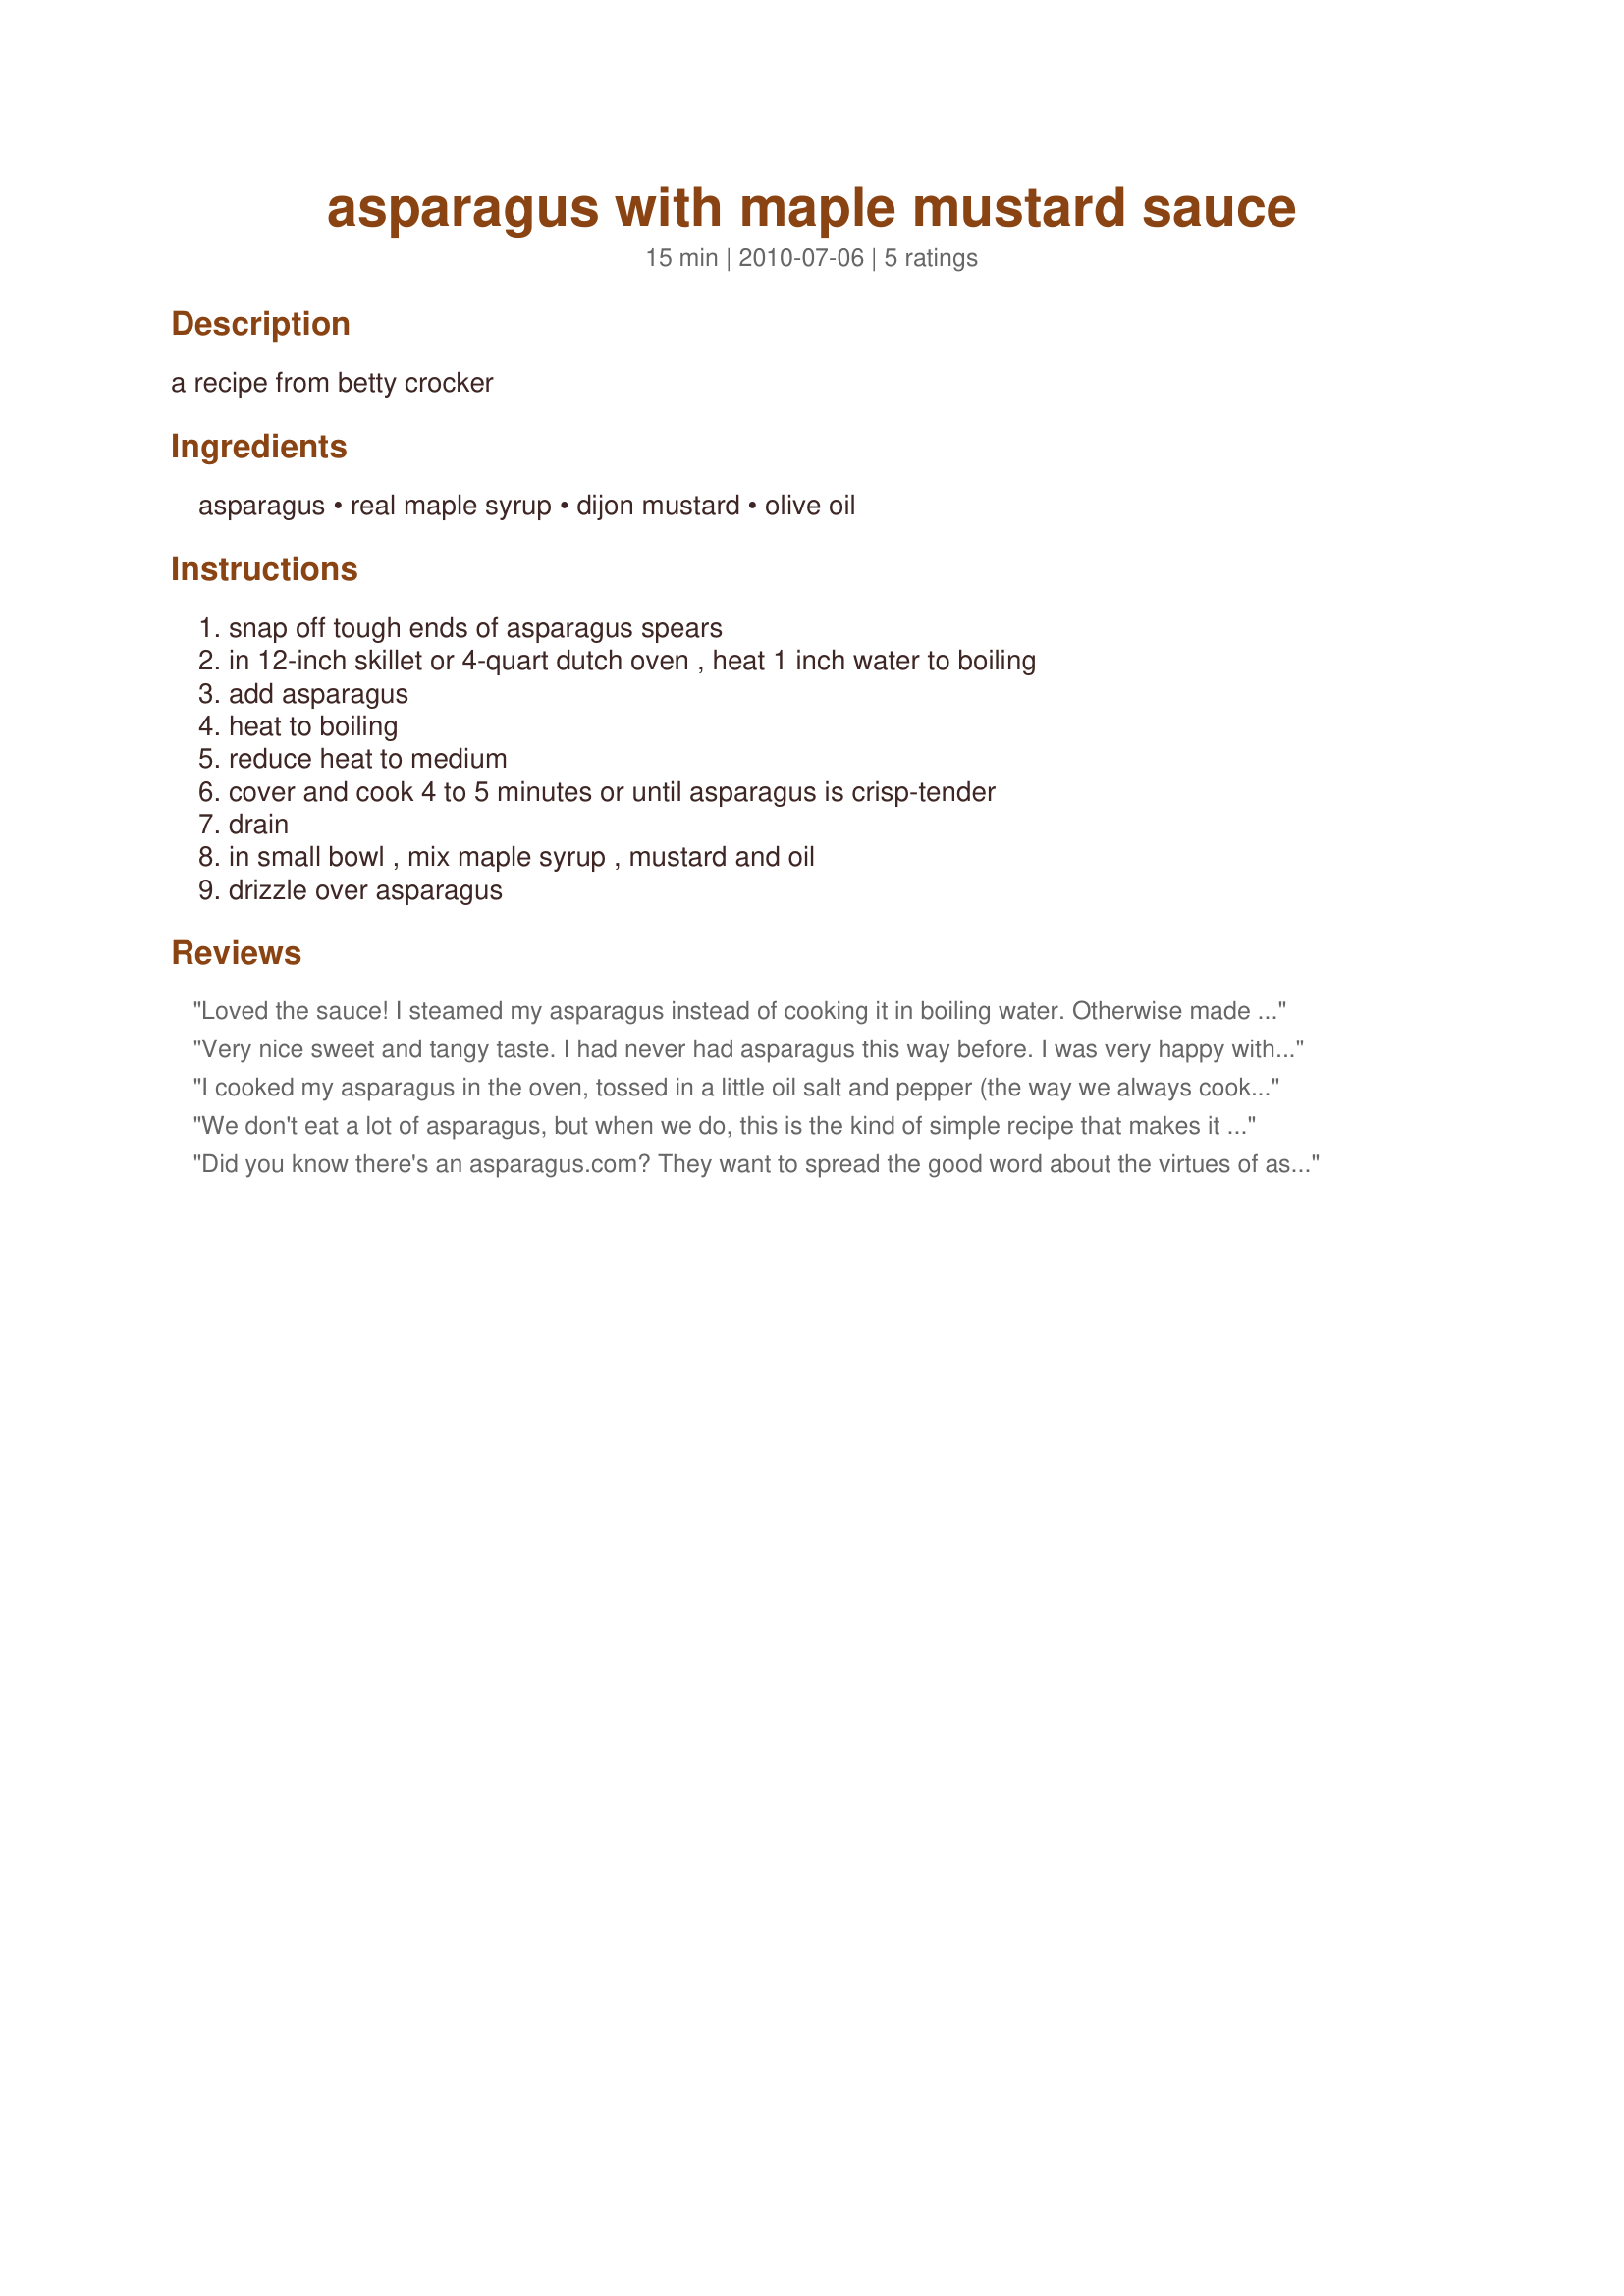
asparagus with maple mustard sauce
Preparation time: 15 minutes

a recipe from betty crocker

Ingredients:
asparagus, real maple syrup, dijon mustard, olive oil

Steps:
snap off tough ends of asparagus spears, in 12-inch skillet or 4-quart dutch oven , heat 1 inch water to boiling, add asparagus, heat to boiling, reduce heat to medium, cover and cook 4 to 5 minutes or until asparagus is crisp-tender, drain, in small bowl , mix maple syrup , mustard and oil, drizzle over asparagus

Reviews:
Loved the sauce! I steamed my asparagus instead of cooking it in boiling water. Otherwise made as posted. Everyone loved it. Thanks for sharing!
Very nice sweet and tangy taste. I had never had asparagus this way before. I was very happy with the end result :)
Thanks for posting, will make this again :)
I cooked my asparagus in the oven, tossed in a little oil salt and pepper (the way we always cook it). On tasting the maple-mustard sauce, I decided it was just a bit sweet for us and added in 1 tablespoon of lemon juice to the half recipe I'd made of it. That worked well for us. Thanks for posting.
We don't eat a lot of asparagus, but when we do, this is the kind of simple recipe that makes it a wonderfully satisfying experience! We really enjoyed the sauce & I'll be making this one again! Thanks for sharing it! [Made & reviewed in Everyday's a Holiday tag]
Did you know there's an asparagus.com? They want to spread the good word about the virtues of asparagus. Very thorough, but the only thing left out was that asparagus is an excellent food that easily lets nature take its course. Srsly. Made for Everyday Is A Holiday.
